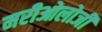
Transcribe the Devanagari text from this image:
मरीओलोजी